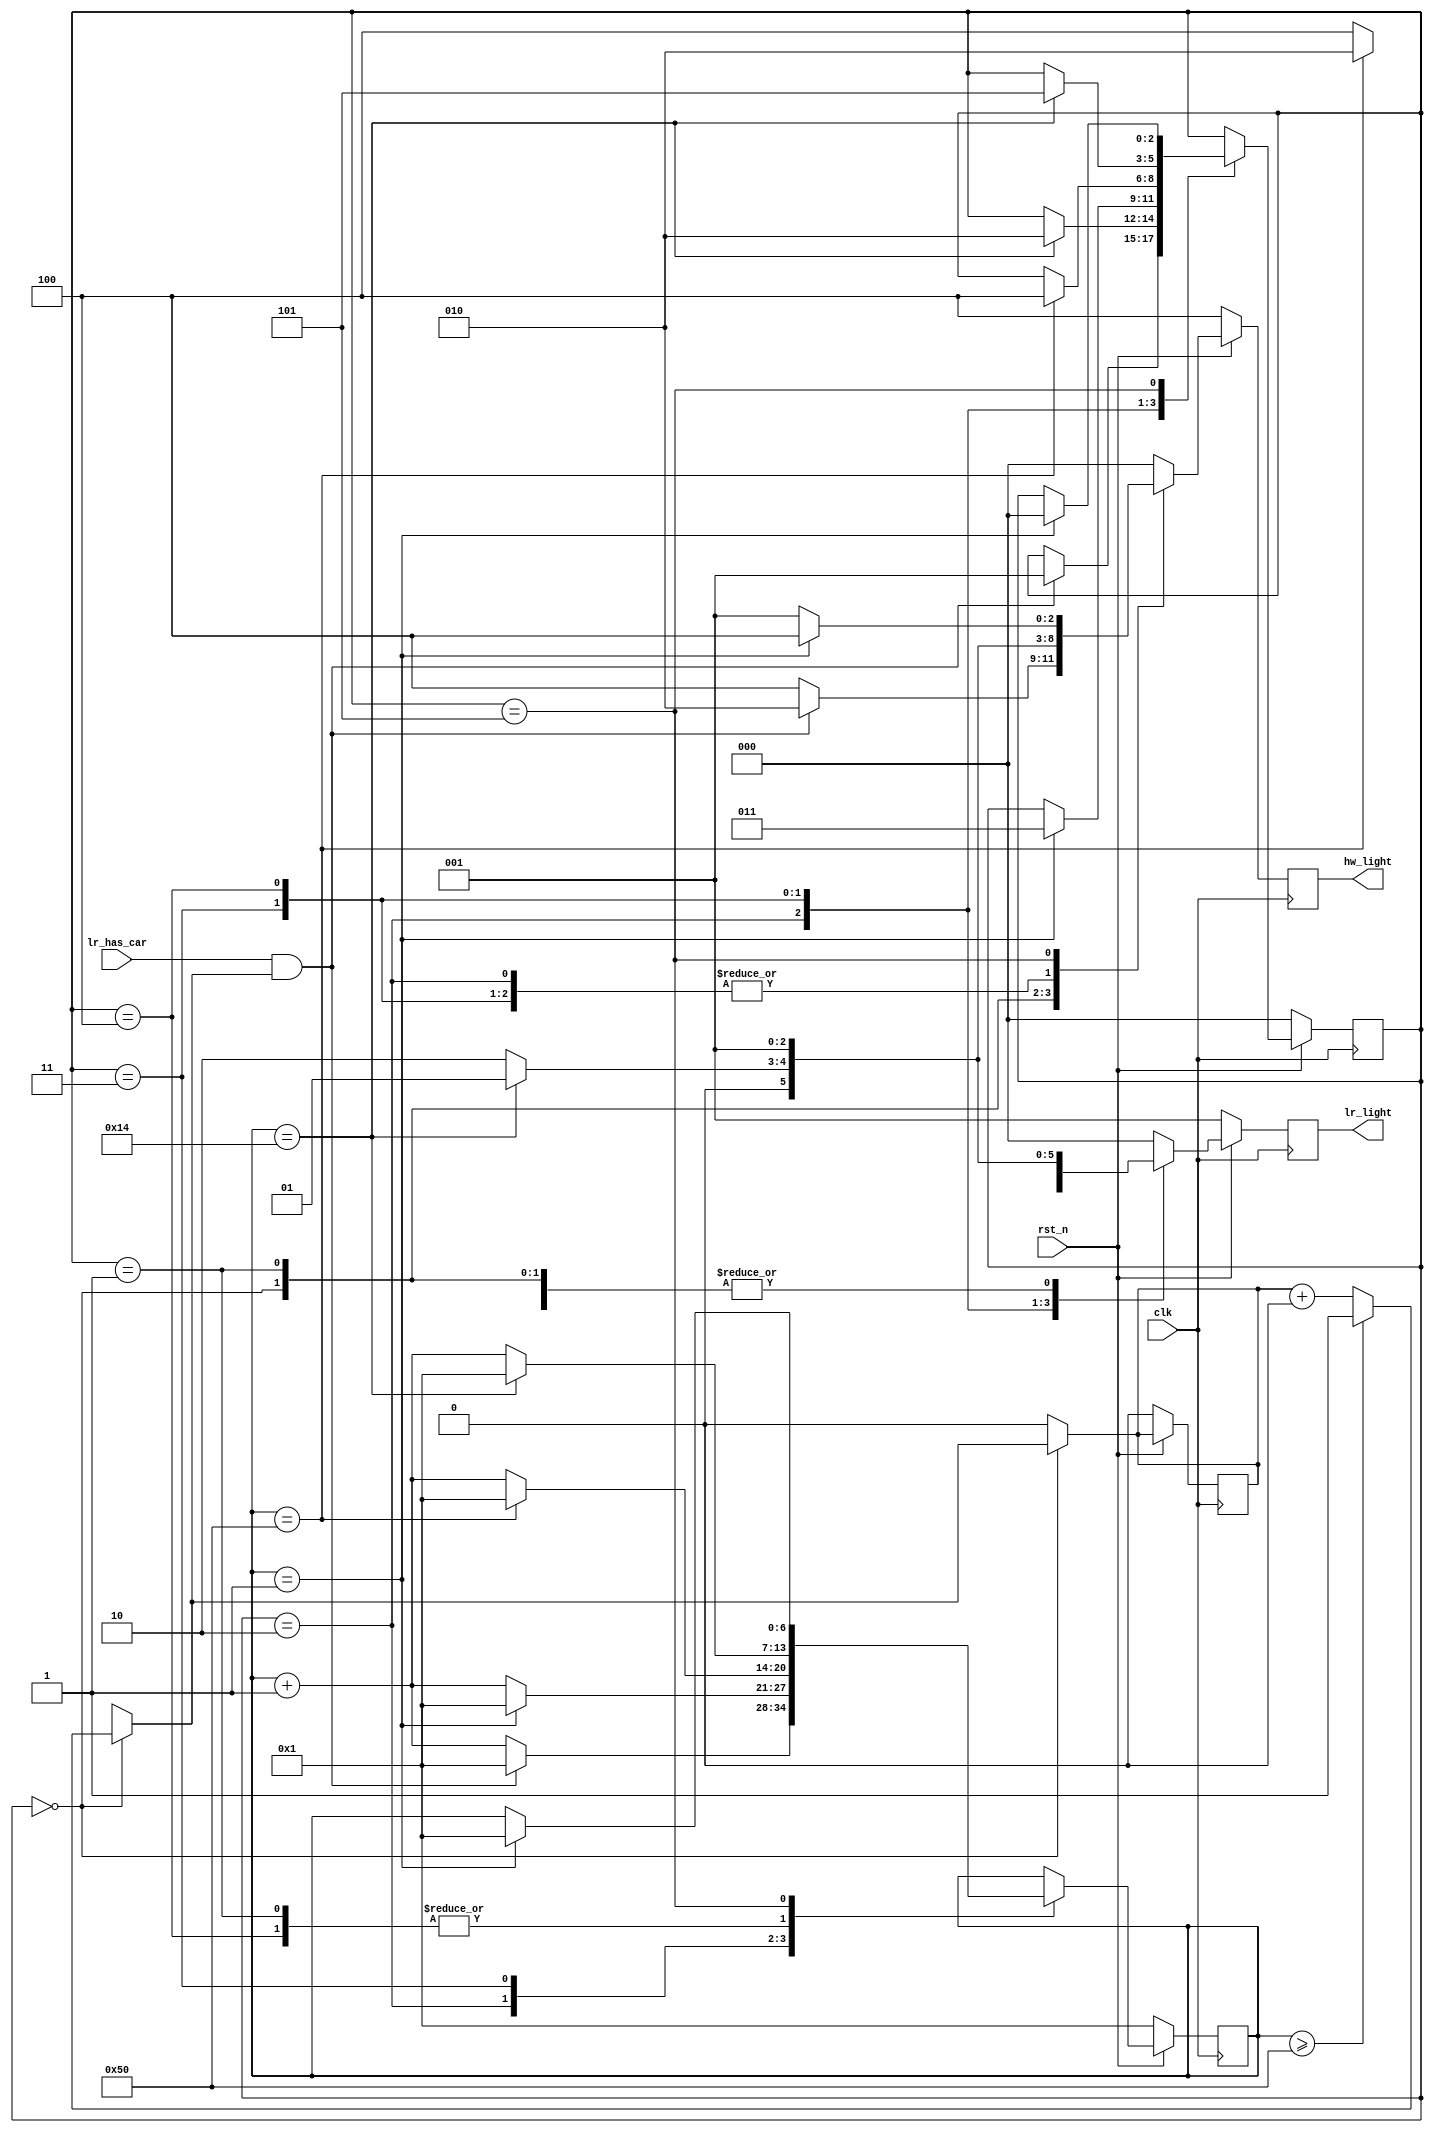
`timescale 1ns/1ps

module Traffic_Light_Controller (clk, rst_n, lr_has_car, hw_light, lr_light);
input clk, rst_n;
input lr_has_car;
output reg [2:0] hw_light;
output reg [2:0] lr_light;
reg [2:0] hw_light_next, lr_light_next;
reg [2:0] state;
reg [2:0] state_next;
reg [6:0] counter;
reg [6:0] counter_next;
reg HW_eighty;
parameter s0 = 3'b000;
parameter s1 = 3'b001;
parameter s2 = 3'b010;
parameter s3 = 3'b011;
parameter s4 = 3'b100;
parameter s5 = 3'b101;

always @(posedge clk) begin
    if(!rst_n) begin
        hw_light <= 3'b100;
        lr_light <= 3'b001;
        state <= s0;
        HW_eighty <= 1'b0;
        counter <= 1;
    end
    else begin
        state <= state_next;
        counter <= counter_next;
        hw_light <= hw_light_next;
        lr_light <= lr_light_next;
    end
end

always @(*) begin
    case(state) 
        3'b000: begin
            if(counter >= 7'd80) begin
                HW_eighty = 1'b1;
            end
            else HW_eighty = HW_eighty + 1'b0;
            if(lr_has_car && HW_eighty) begin
                state_next = s1;
                counter_next = 1'b1;
                hw_light_next = 3'b010;
                lr_light_next = 3'b001;
            end
            else begin
                counter_next = counter + 1'b1;
                state_next = state;
                hw_light_next = 3'b100;
                lr_light_next = 3'b001;
            end
        end
        3'b001: begin
            HW_eighty = 1'b0;
            if(counter == 7'd20) begin
                state_next = s2;
                hw_light_next = 3'b001;
                lr_light_next = 3'b001;
                counter_next = 1'b1;
            end
            else begin
                state_next = state;
                hw_light_next = 3'b010;
                lr_light_next = 3'b001;
                counter_next = counter + 1'b1;
            end
        end
        3'b010: begin
            HW_eighty = 1'b0;
            if(counter == 7'd1) begin
                state_next = s3;
                hw_light_next = 3'b001;
                lr_light_next = 3'b100;
                counter_next =1'b1;
            end
            else begin
                state_next = state;
                hw_light_next = 3'b001;
                lr_light_next = 3'b001;
                counter_next = counter + 1'b1;
            end
        end
        3'b011: begin
            HW_eighty = 1'b0;
            if(counter == 7'd80) begin
                state_next = s4;
                hw_light_next = 3'b001;
                lr_light_next = 3'b010;
                counter_next = 1'b1;
            end
            else begin
                state_next = state;
                hw_light_next = 3'b001;
                lr_light_next = 3'b100;
                counter_next = counter + 1'b1;
            end
        end
        3'b100: begin
            HW_eighty = 1'b0;
            if(counter == 7'd20) begin
                state_next = s5;
                hw_light_next = 3'b001;
                lr_light_next = 3'b001;
                counter_next = 1'b1;
            end
            else begin
                state_next = state;
                hw_light_next = 3'b001;
                lr_light_next = 3'b010;
                counter_next = counter + 1'b1;
            end
        end
        3'b101: begin
            HW_eighty = 1'b0;
            if(counter == 7'd1) begin
                state_next = s0;
                hw_light_next = 3'b100;
                lr_light_next = 3'b001;
                counter_next = 1'b1;
            end
            else begin
                state_next = state;
                hw_light_next = 3'b001;
                lr_light_next = 3'b001;
                counter_next = counter;
            end
        end
        default: begin
            HW_eighty = 1'b0;
            state_next = state;
            hw_light_next = 3'b000;
            lr_light_next = 3'b000;
            counter_next = counter;
        end
    endcase

    //assign counter_next = counter + 1'b1;
end
endmodule